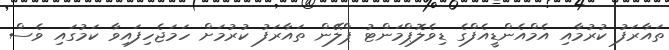
ތައާރަފު ކުރުމާއި އެމްއެންޑީއެފްގެ ޑިވެލޮޕްމަންޓު ޕްލޭން ތައާރަފު ކުރުމަށް ހަމަޖެހިފައިވާ ކަމުގައި ވެސް